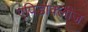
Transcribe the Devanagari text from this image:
एंपिडाक्लीज